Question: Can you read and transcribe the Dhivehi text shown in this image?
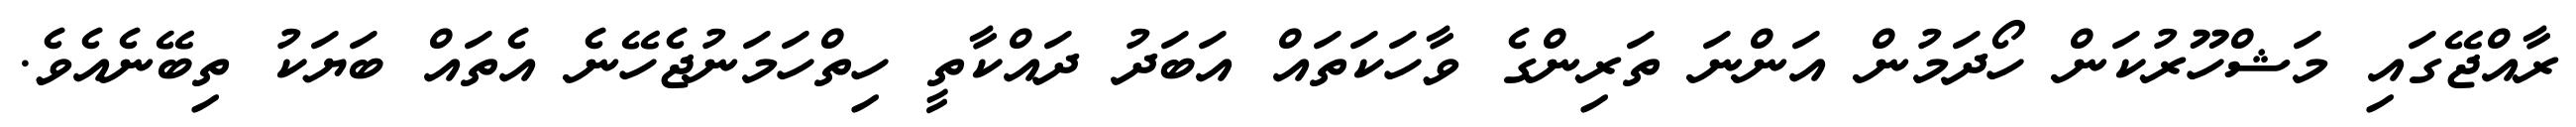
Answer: ރާއްޖޭގައި މަޝްހޫރުކަން ހޯދަމުން އަންނަ ތަރިންގެ ވާހަކަތައް އަބަދު ދައްކާތީ ހިތްހަމަނުޖެހޭނެ އެތައް ބަޔަކު ތިބޭނެއެވެ.